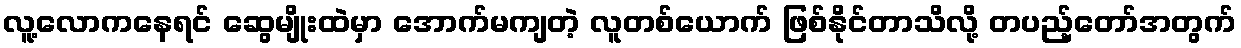
လူ့လောကနေရင် ဆွေမျိုးထဲမှာ အောက်မကျတဲ့ လူတစ်ယောက် ဖြစ်နိုင်တာသိလို့ တပည့်တော်အတွက်